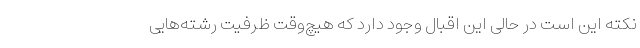
نکته این است در حالی این اقبال وجود دارد که هیچ‌وقت ظرفیت رشته‌هایی